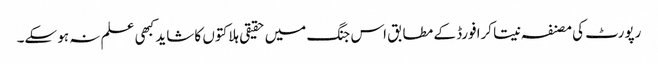
رپورٹ کی مصنفہ نیتا کرافورڈ کے مطابق اس جنگ میں حقیقی ہلاکتوں کا شاید کبھی علم نہ ہو سکے۔